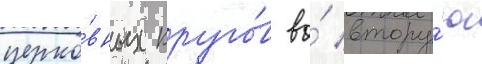
церко́вных круго́в во́ втору́ю